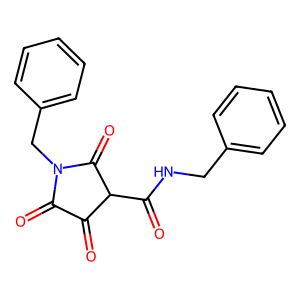
SMILES: O=C(NCc1ccccc1)C1C(=O)C(=O)N(Cc2ccccc2)C1=O
Inhibits HIV replication: No